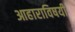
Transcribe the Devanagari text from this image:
आहाराविषयी